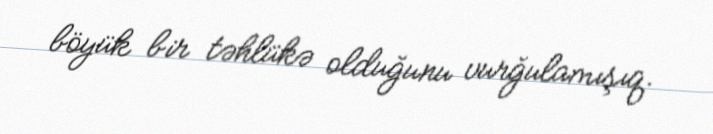
böyük bir təhlükə olduğunu vurğulamışıq.